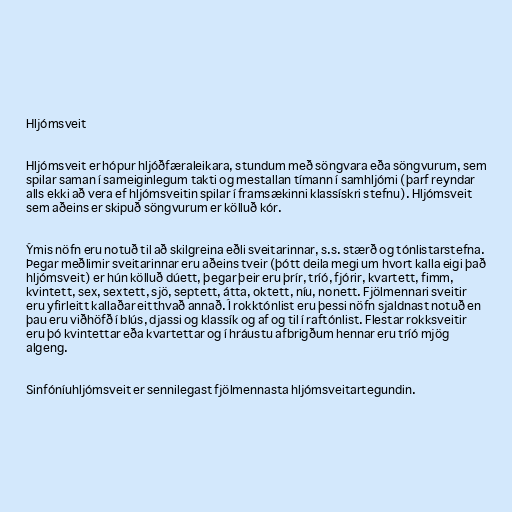
Hljómsveit

Hljómsveit er hópur hljóðfæraleikara, stundum með söngvara eða söngvurum, sem
spilar saman í sameiginlegum takti og mestallan tímann í samhljómi (þarf reyndar
alls ekki að vera ef hljómsveitin spilar í framsækinni klassískri stefnu). Hljómsveit
sem aðeins er skipuð söngvurum er kölluð kór.

Ýmis nöfn eru notuð til að skilgreina eðli sveitarinnar, s.s. stærð og tónlistarstefna.
Þegar meðlimir sveitarinnar eru aðeins tveir (þótt deila megi um hvort kalla eigi það
hljómsveit) er hún kölluð dúett, þegar þeir eru þrír, tríó, fjórir, kvartett, fimm,
kvintett, sex, sextett, sjö, septett, átta, oktett, níu, nonett. Fjölmennari sveitir
eru yfirleitt kallaðar eitthvað annað. Í rokktónlist eru þessi nöfn sjaldnast notuð en
þau eru viðhöfð í blús, djassi og klassík og af og til í raftónlist. Flestar rokksveitir
eru þó kvintettar eða kvartettar og í hráustu afbrigðum hennar eru tríó mjög
algeng.

Sinfóníuhljómsveit er sennilegast fjölmennasta hljómsveitartegundin.